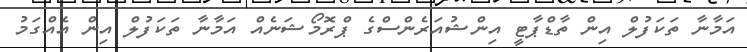
އަމާނާ ތަކަފުލް އިން ތާޑްޕާޓީ އިންޝުއަރެންސްގެ ޕްރޮމޯޝަނެއް އަމާނާ ތަކަފުލް އިން އެއްގަމު